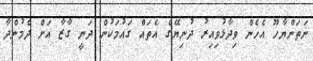
ނަތަންޔާހޫ އެހެން ވިދާޅުވިއިރު ދުނިޔޭގެ އެތައް ގައުމަކުން ދަނީ ގާޒާ އަށް ދެމުންދާ